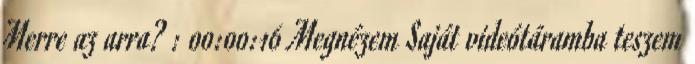
Merre az arra? : 00:00:16 Megnézem Saját videótáramba teszem